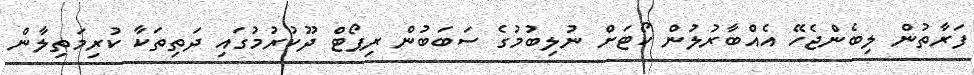
ފަރާތުން ލިބެންޖެހޭ އެއްބާރުލުން ކޯޓަށް ނުލިބުމުގެ ސަބަބުން ރިޕޯޓް ދޫކުރުމުގައި ދަތިތަކާ ކުރިމަތިލާން